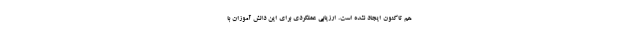
هم تاکنون ایجاد نشده است. ارزیابی عملکردی برای این دانش آموزان با